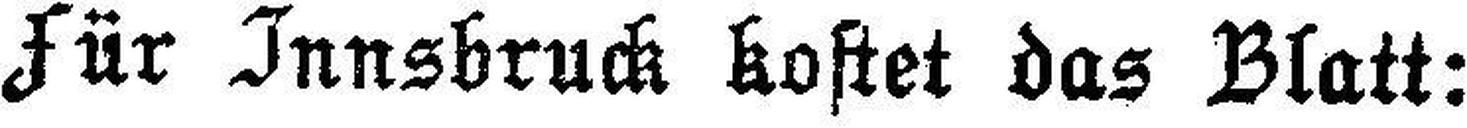
Für Innsbruck kostet das Blatt: